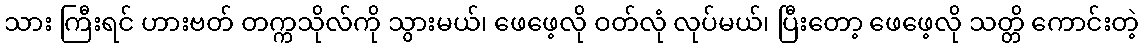
သား ကြီးရင် ဟားဗတ် တက္ကသိုလ်ကို သွားမယ်၊ ဖေဖေ့လို ဝတ်လုံ လုပ်မယ်၊ ပြီးတော့ ဖေဖေ့လို သတ္တိ ကောင်းတဲ့